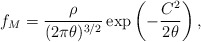
\begin{align*}f_M = \frac{\rho}{(2\pi \theta)^{3/2}} \exp \left( -\frac{C^2}{2\theta} \right),\end{align*}